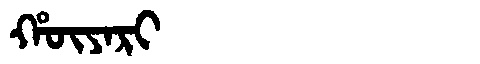
Manchu: ᡥᡡᠶᠠᡵᡳ
Romanization: HŪYARI